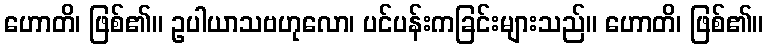
ဟောတိ၊ ဖြစ်၏။ ဥပါယာသဗဟုလော၊ ပင်ပန်းကခြင်းများသည်။ ဟောတိ၊ ဖြစ်၏။